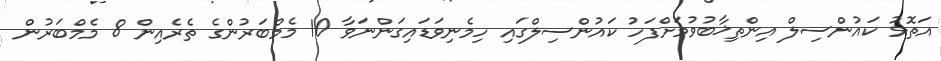
އަތޮޅު ކައުންސިލް އިންތިޚާބުވުމަށްފަހު ކައުންސިލްގައި ހިމެނިވަޑައިގަންނަވާ 10 މެމްބަރުންގެ ތެރެއިން 8 މެމްބަރުން